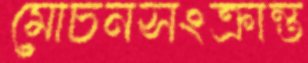
মোচনসংক্রান্ত